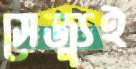
সেজ্যুই